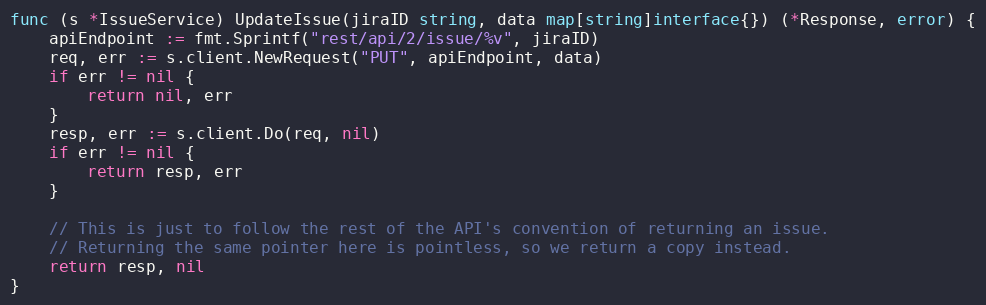
Language: Go
func (s *IssueService) UpdateIssue(jiraID string, data map[string]interface{}) (*Response, error) {
	apiEndpoint := fmt.Sprintf("rest/api/2/issue/%v", jiraID)
	req, err := s.client.NewRequest("PUT", apiEndpoint, data)
	if err != nil {
		return nil, err
	}
	resp, err := s.client.Do(req, nil)
	if err != nil {
		return resp, err
	}

	// This is just to follow the rest of the API's convention of returning an issue.
	// Returning the same pointer here is pointless, so we return a copy instead.
	return resp, nil
}